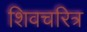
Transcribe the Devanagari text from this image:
शिवचरित्र